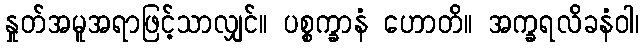
နှုတ်အမူအရာဖြင့်သာလျှင်။ ပစ္စက္ခာနံ ဟောတိ။ အက္ခရလိခနံဝါ၊